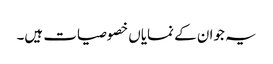
یہ جوان کے نمایاں خصوصیات ہیں۔